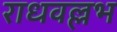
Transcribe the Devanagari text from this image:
राधवल्लभ